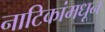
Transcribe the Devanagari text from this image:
नाटिकांमधून